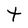
Character: t